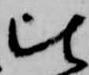
比